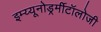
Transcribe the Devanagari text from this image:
इम्य्यूनोडर्र्मीटॉलोजी